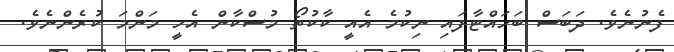
ފެނުނެވެ. ދަބަސް ބަހައްޓާފައި ނިކުމެ އެއީ ކާކުތޯ މުސްކާން އެހީ މަންމަ ކުރެންނެވެ.